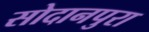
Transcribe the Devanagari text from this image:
सोदानपुरा